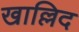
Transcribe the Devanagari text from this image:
खाल्लिद